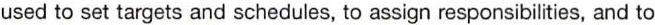
used to set targets and schedules, to assign responsibilities, and to